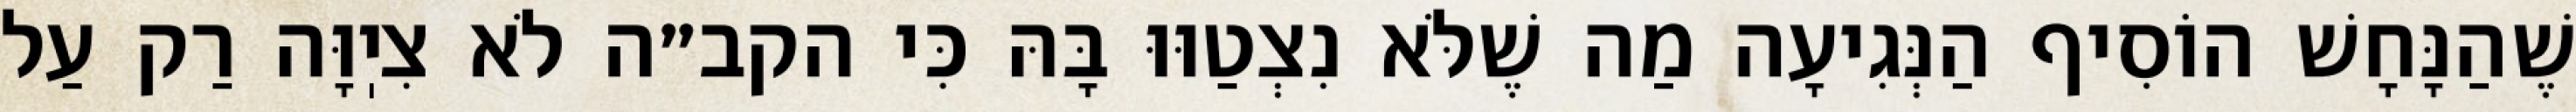
שֶׁהַנָּחָשׁ הוֹסִיף הַנְּגִיעָה מַה שֶׁלֹּא נִצְטַוּוּ בָּהּ כִּי הקב״ה לֹא צִיֽוָּה רַק עַל